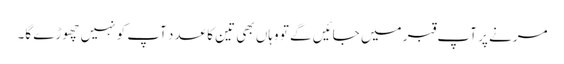
مرنے پر آپ قبر میں جائیں گے تو وہاں بھی تین کا عدد آپ کو نہیں چھوڑے گا۔